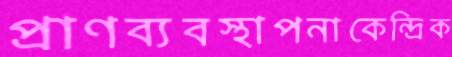
প্রাণব্যবস্থাপনাকেন্দ্রিক